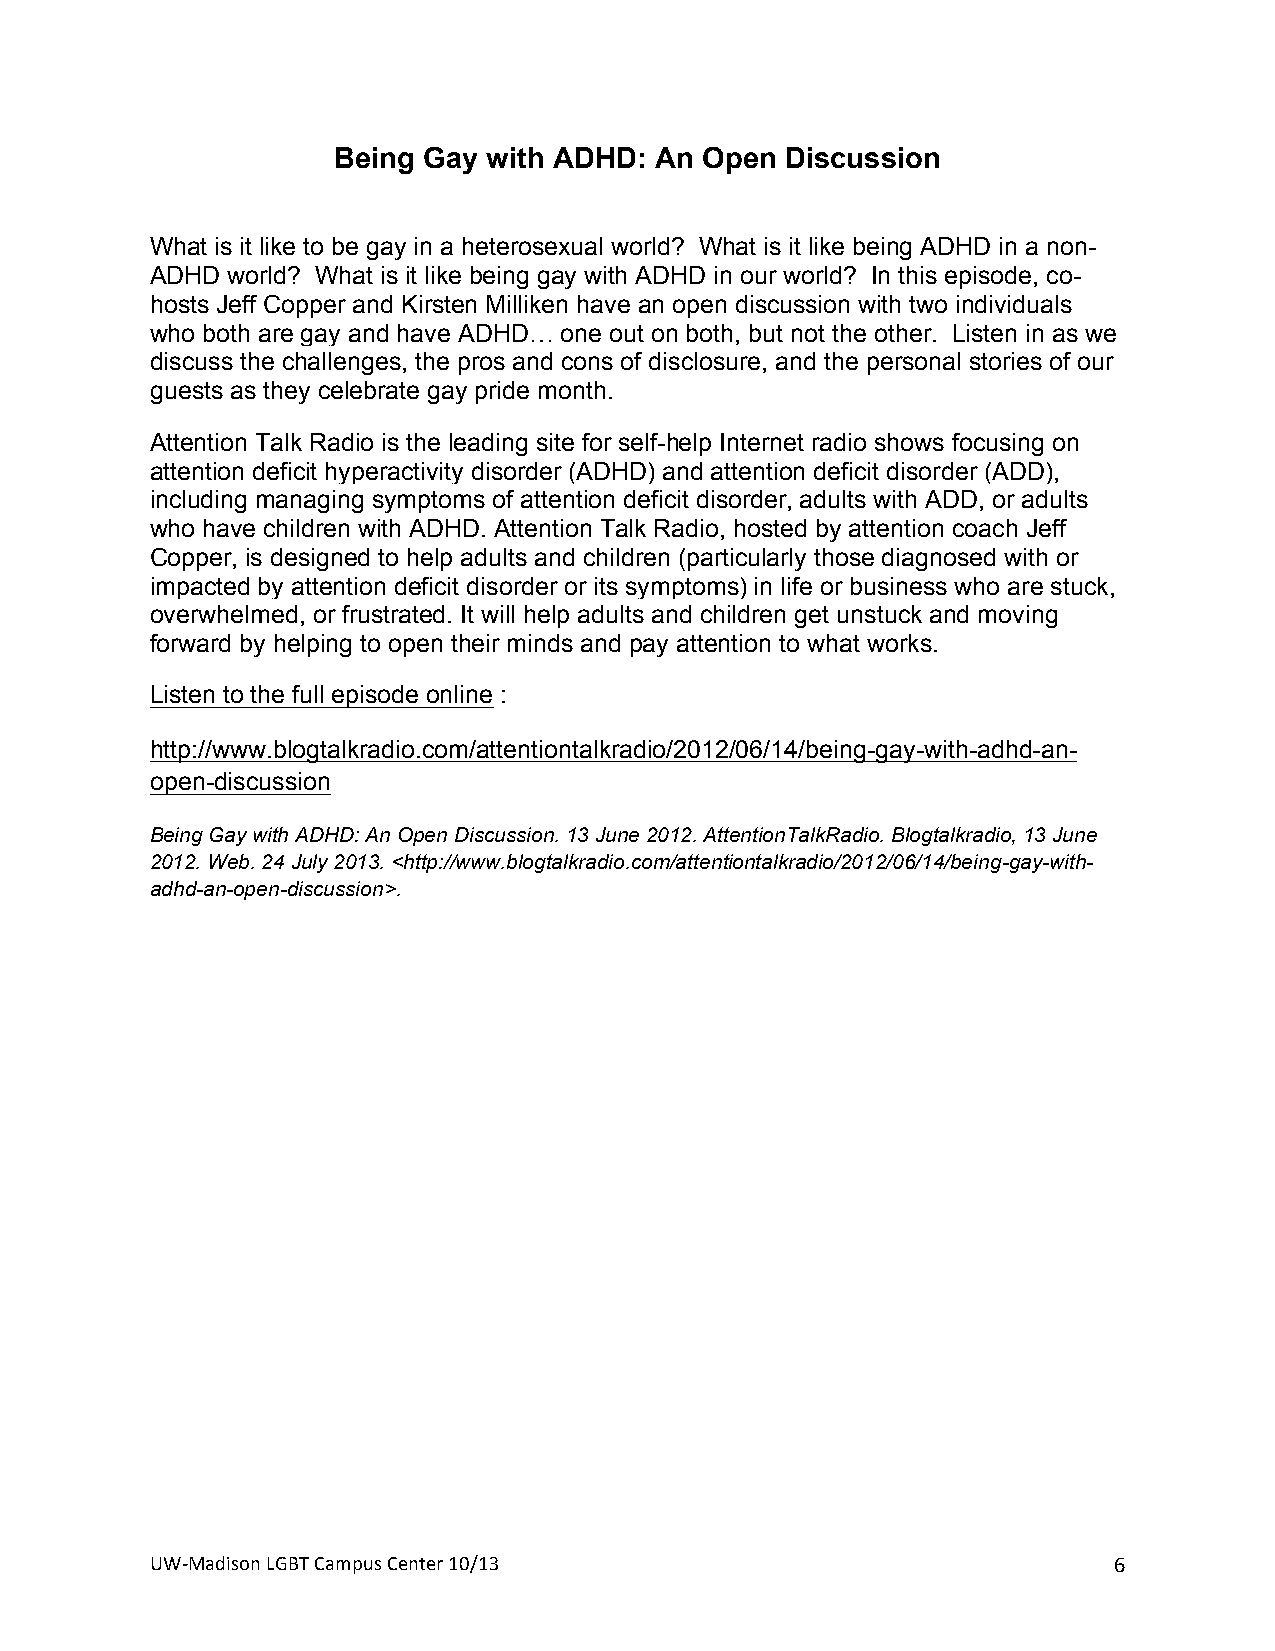
Being Gay with ADHD: An Open  Discussion
 +
 What is it like to be gay in a heterosexual world? What is it like being ADHD in a non-
 ADHD world? What is it like being gay with ADHD in our world? In this episode, co-
 hosts Jeff Copper and Kirsten Milliken have an open discussion with two individuals
 who both are gay and have ADHD… one out on both, but not the other. Listen in as we
 discuss the challenges, the pros and cons of disclosure, and the personal stories of our
 guests as they celebrate gay pride month.
 Attention Talk Radio is the leading site for self-help Internet radio shows focusing on
 attention deficit hyperactivity disorder (ADHD) and attention deficit disorder (ADD),
 including managing symptoms of attention deficit disorder, adults with ADD, or adults
 who have children with ADHD. Attention Talk Radio, hosted by attention coach Jeff
 Copper, is designed to help adults and children (particularly those diagnosed with or
 impacted by attention deficit disorder or its symptoms) in life or business who are stuck,
 overwhelmed, or frustrated. It will help adults and children get unstuck and moving
 forward by helping to open their minds and pay attention to what works.
 Listen to the full episode online :
 http://www.blogtalkradio.com/attentiontalkradio/2012/06/14/being-gay-with-adhd-an-
 open-discussion
 Being Gay with ADHD: An Open Discussion. 13 June 2012. AttentionTalkRadio. Blogtalkradio, 13 June
 2012. Web. 24 July 2013. <http://www.blogtalkradio.com/attentiontalkradio/2012/06/14/being-gay-with-
 adhd-an-open-discussion>.
 UW#Madison+LGBT+Campus+Center+10/13+                            6+